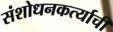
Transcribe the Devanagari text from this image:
संशोधनकर्त्याची